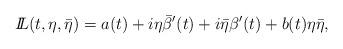
LaTeX: \begin{align*}{I\!\!L}(t,\eta,\bar\eta) = a(t) + i\eta \bar\beta^\prime(t) + i\bar\eta \beta^\prime(t) + b(t)\eta \bar\eta, \end{align*}